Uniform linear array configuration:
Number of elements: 12
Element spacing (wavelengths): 1
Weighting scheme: exponential
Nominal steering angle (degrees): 60
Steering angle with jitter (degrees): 58.303
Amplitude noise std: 0.05
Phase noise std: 0.05

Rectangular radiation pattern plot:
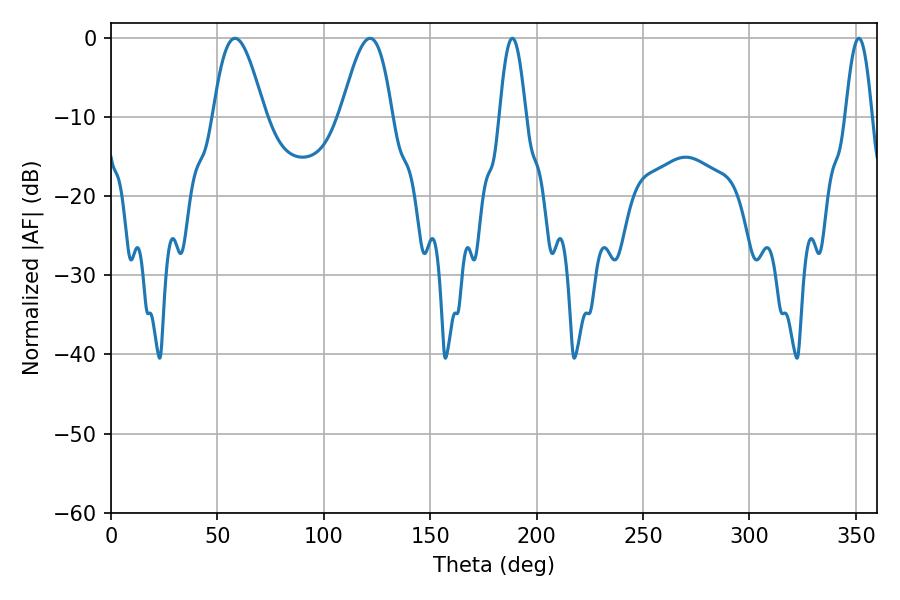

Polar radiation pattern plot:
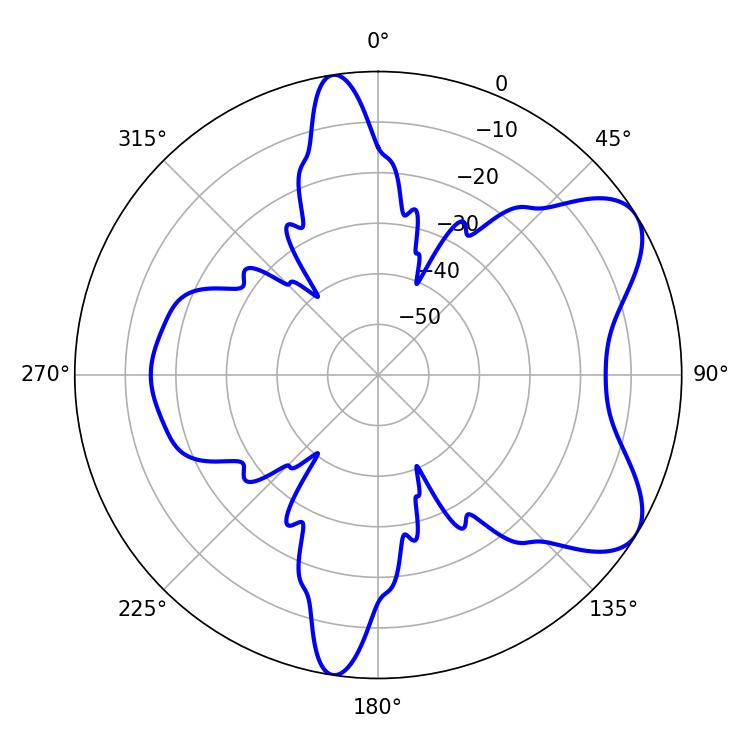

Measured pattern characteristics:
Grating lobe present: TRUE
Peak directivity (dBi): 7.058
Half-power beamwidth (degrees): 12.96
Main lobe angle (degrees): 58.32